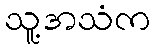
သူ့အသံက